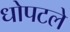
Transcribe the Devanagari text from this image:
धोपटले